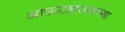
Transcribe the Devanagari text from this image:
आऊटहाऊसच्या